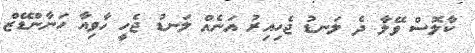
ކާލޮސް ވޭލާ ދެ ލަނޑު ޖެހިއިރު އަނެއް ލަނޑު ޖެހީ ހާވިއާ ހަނާންޑޭޒް